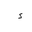
Letter: _hamza